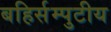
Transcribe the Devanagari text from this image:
बहिर्सम्पुटीय